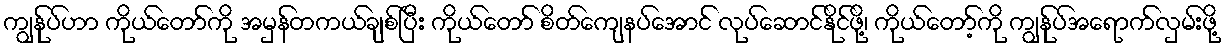
ကျွန်ုပ်ဟာ ကိုယ်တော်ကို အမှန်တကယ်ချစ်ပြီး ကိုယ်တော် စိတ်ကျေနပ်အောင် လုပ်ဆောင်နိုင်ဖို့၊ ကိုယ်တော့်ကို ကျွန်ုပ်အရောက်လှမ်းဖို့